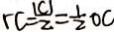
r c = \frac { ( c ) } { 2 } = \frac { 1 } { 2 } O C